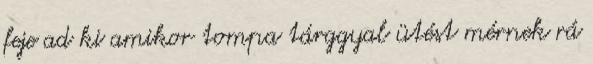
feje ad ki amikor tompa tárggyal ütést mérnek rá